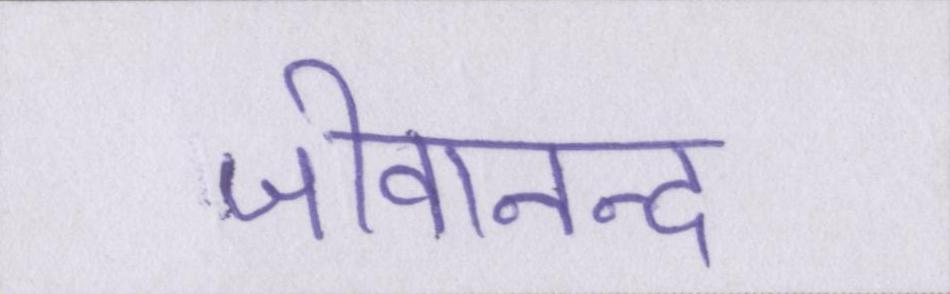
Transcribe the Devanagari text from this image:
जीवानन्द